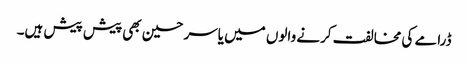
ڈرامے کی مخالفت کرنے والوں میں یاسر حسین بھی پیش پیش ہیں۔